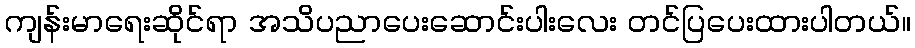
ကျန်းမာရေးဆိုင်ရာ အသိပညာပေးဆောင်းပါးလေး တင်ပြပေးထားပါတယ်။